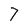
Character: 7